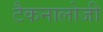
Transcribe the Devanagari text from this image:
टैकनालोजी